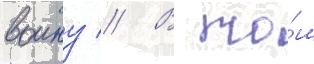
воину // В то́м